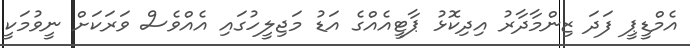
އެމްޑީޕީ ފަދަ ޒިންމާދާރު އިދިކޮޅު ޕާޓީއެއްގެ އަޑު މަޖިލީހުގައި އެއްވެސް ވަރަކަށް ނީވުމަކީ